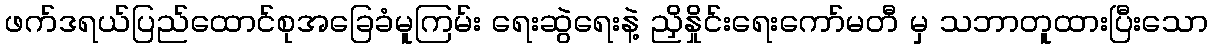
ဖက်ဒရယ်ပြည်ထောင်စုအခြေခံမူကြမ်း ရေးဆွဲရေးနဲ့ ညှိနှိုင်းရေးကော်မတီ မှ သဘာတူထားပြီးသော